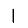
Digit: 1